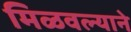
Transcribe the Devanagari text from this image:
मिळवल्याने